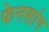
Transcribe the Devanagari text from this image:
फेनसांग